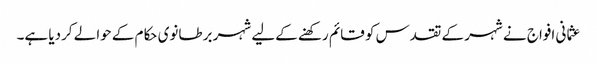
عثما نی افواج نے شہر کے تقدس کو قائم رکھنے کےلیے شہر برطانوی حکام کے حوالے کردیا ہے۔